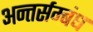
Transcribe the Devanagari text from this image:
अन्तर्सम्बंध